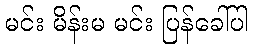
မင်း မိန်းမ မင်း ပြန်ခေါ်ပါ